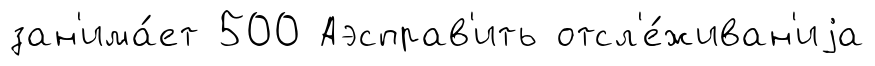
зан'има́ет 500 Аэсправ'ить отсл'е́живан'иjа